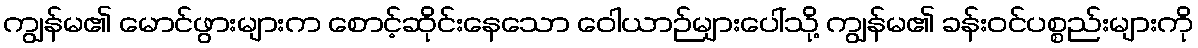
ကျွန်မ၏ မောင်ဖွားများက စောင့်ဆိုင်းနေသော ဝေါယာဉ်များပေါ်သို့ ကျွန်မ၏ ခန်းဝင်ပစ္စည်းများကို